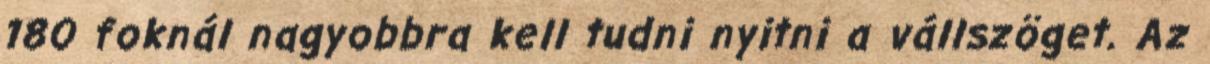
180 foknál nagyobbra kell tudni nyitni a vállszöget. Az